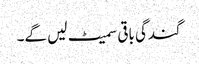
گندگی باقی سمیٹ لیں گے۔